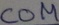
Text: COM